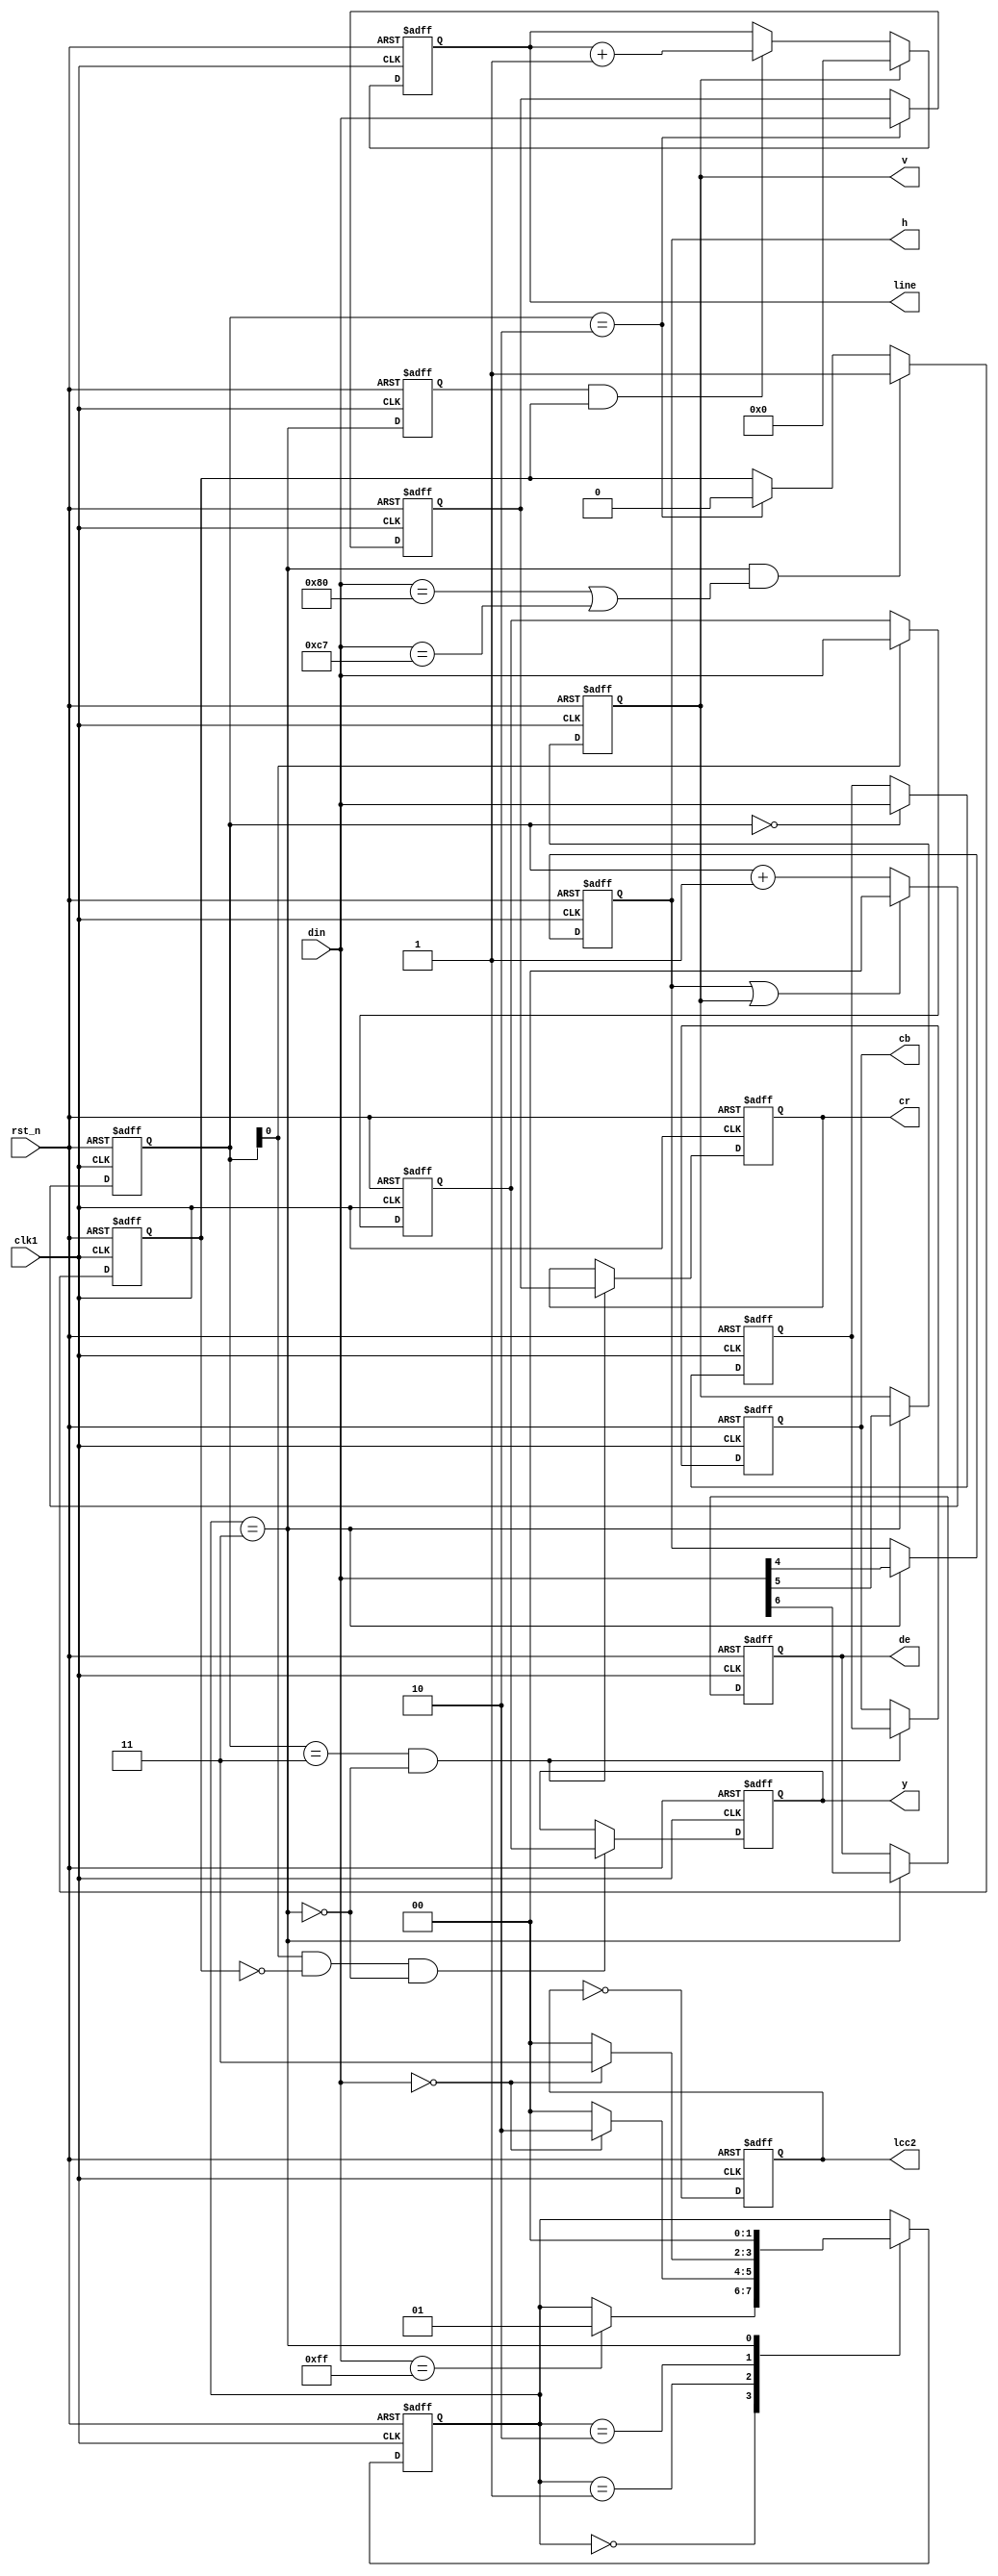
module bt656_rx (
  input         clk1,		// 27 MHz
 // input Gclk,
  input       rst_n,
  input [7:0] din,

  output  reg   lcc2,
  output  reg  de,
  output  reg  v,
  output  reg  h,
  output reg [7:0] y,
  output reg [7:0] cb,
  output reg [7:0] cr,
  output reg [8:0]	    line
  );
  //---------------------------------------------------------------------------
  // Scan input stream to decode timing reference signals
  //---------------------------------------------------------------------------
  reg [1:0]    time_ref;


  parameter idle	= 2'b00,
	    ff		= 2'b01,
	    ff00	= 2'b10,
	    ff0000	= 2'b11;

  always @(posedge clk or negedge rst_n)
    if (~rst_n)
      time_ref <= idle;
    else
      case (time_ref)
	idle:
	  if (din == 8'hff)
	    time_ref <= ff;

	ff:
	  if (din == 8'h0)
	    time_ref <= ff00;
	  else
	    time_ref <= idle;

	ff00:
	  if (din == 8'h0)
	    time_ref <= ff0000;
	  else
	    time_ref <= idle;

	ff0000:
	  time_ref <= idle;
      endcase

  wire 	    timing_ref = (time_ref == ff0000);

  reg 	    timing_ref_r;
  always @(posedge clk or negedge rst_n)
    if (~rst_n)
      timing_ref_r <= 1'b0;
    else
      timing_ref_r <= timing_ref;

   wire   clk = clk1;

  //---------------------------------------------------------------------------
  // blanking flags
  //---------------------------------------------------------------------------
  
  always @(posedge clk or negedge rst_n)
    if (~rst_n)
      de <= 1'b0;
    else if (timing_ref)
      de <= din[6];
  
  always @(posedge clk or negedge rst_n)
    if (~rst_n)
      v <= 1'b0;
    else if (timing_ref)
      v <= din[5];

  always @(posedge clk or negedge rst_n)
    if (~rst_n)
      h <= 1'b0;
    else if (timing_ref)
      h <= din[4];

  //---------------------------------------------------------------------------
  // Input capture registers
  //---------------------------------------------------------------------------
  reg [1:0] input_phase;
  always @(posedge clk or negedge rst_n)
    if (~rst_n)
      input_phase <= 2'b0;
    else if (h | v)
      input_phase <= 2'b0;
    else
      input_phase <= input_phase + 2'b01;
      
  always @(posedge clk or negedge rst_n)
    if (~rst_n)
	  lcc2 <= 1'b0;
    else
	lcc2 <= ~lcc2;
  //
  reg [7:0] y_reg;
  always @(posedge clk or negedge rst_n)
    if (~rst_n)
      y_reg <= 8'b0;
    else if (input_phase[0])
      y_reg <= din;
  
  reg [7:0] cb_reg;
  always @(posedge clk or negedge rst_n)
    if (~rst_n)
      cb_reg <= 8'b0;
    else if (input_phase == 2'b00)
      cb_reg <= din;
  
  reg [7:0] cr_reg;
  always @(posedge clk or negedge rst_n)
    if (~rst_n)
      cr_reg <= 8'b0;
    else if (input_phase == 2'b10)
      cr_reg <= din;

  reg 	    sav;
  always @(posedge clk or negedge rst_n)
    if (~rst_n)
      y <= 8'b0;
    else if (input_phase[0] & ~sav & ~timing_ref)
      y <= y_reg;
  
  always @(posedge clk or negedge rst_n)
    if (~rst_n)
      cb <= 8'b0;
    else if ((input_phase == 2'b11) & ~timing_ref)
      cb <= cb_reg;
  
  always @(posedge clk or negedge rst_n)
    if (~rst_n)
      cr <= 8'b0;
    else if ((input_phase == 2'b11) & ~timing_ref)
      cr <= cr_reg;
  //sav
  always @(posedge clk or negedge rst_n)
    if (~rst_n)
      sav <= 1'b0;
    else if (timing_ref & ((din == 8'h80) | (din == 8'hc7)))
      sav <= 1'b1;
    else if (input_phase == 2'b10)
      sav <= 1'b0;

  always @(posedge clk or negedge rst_n)
    if (~rst_n)
      line <= 9'b0;
    else if (v)
      line <= 9'b0;
    else if (timing_ref_r & sav)
      line <= line + 9'b1;

  
endmodule